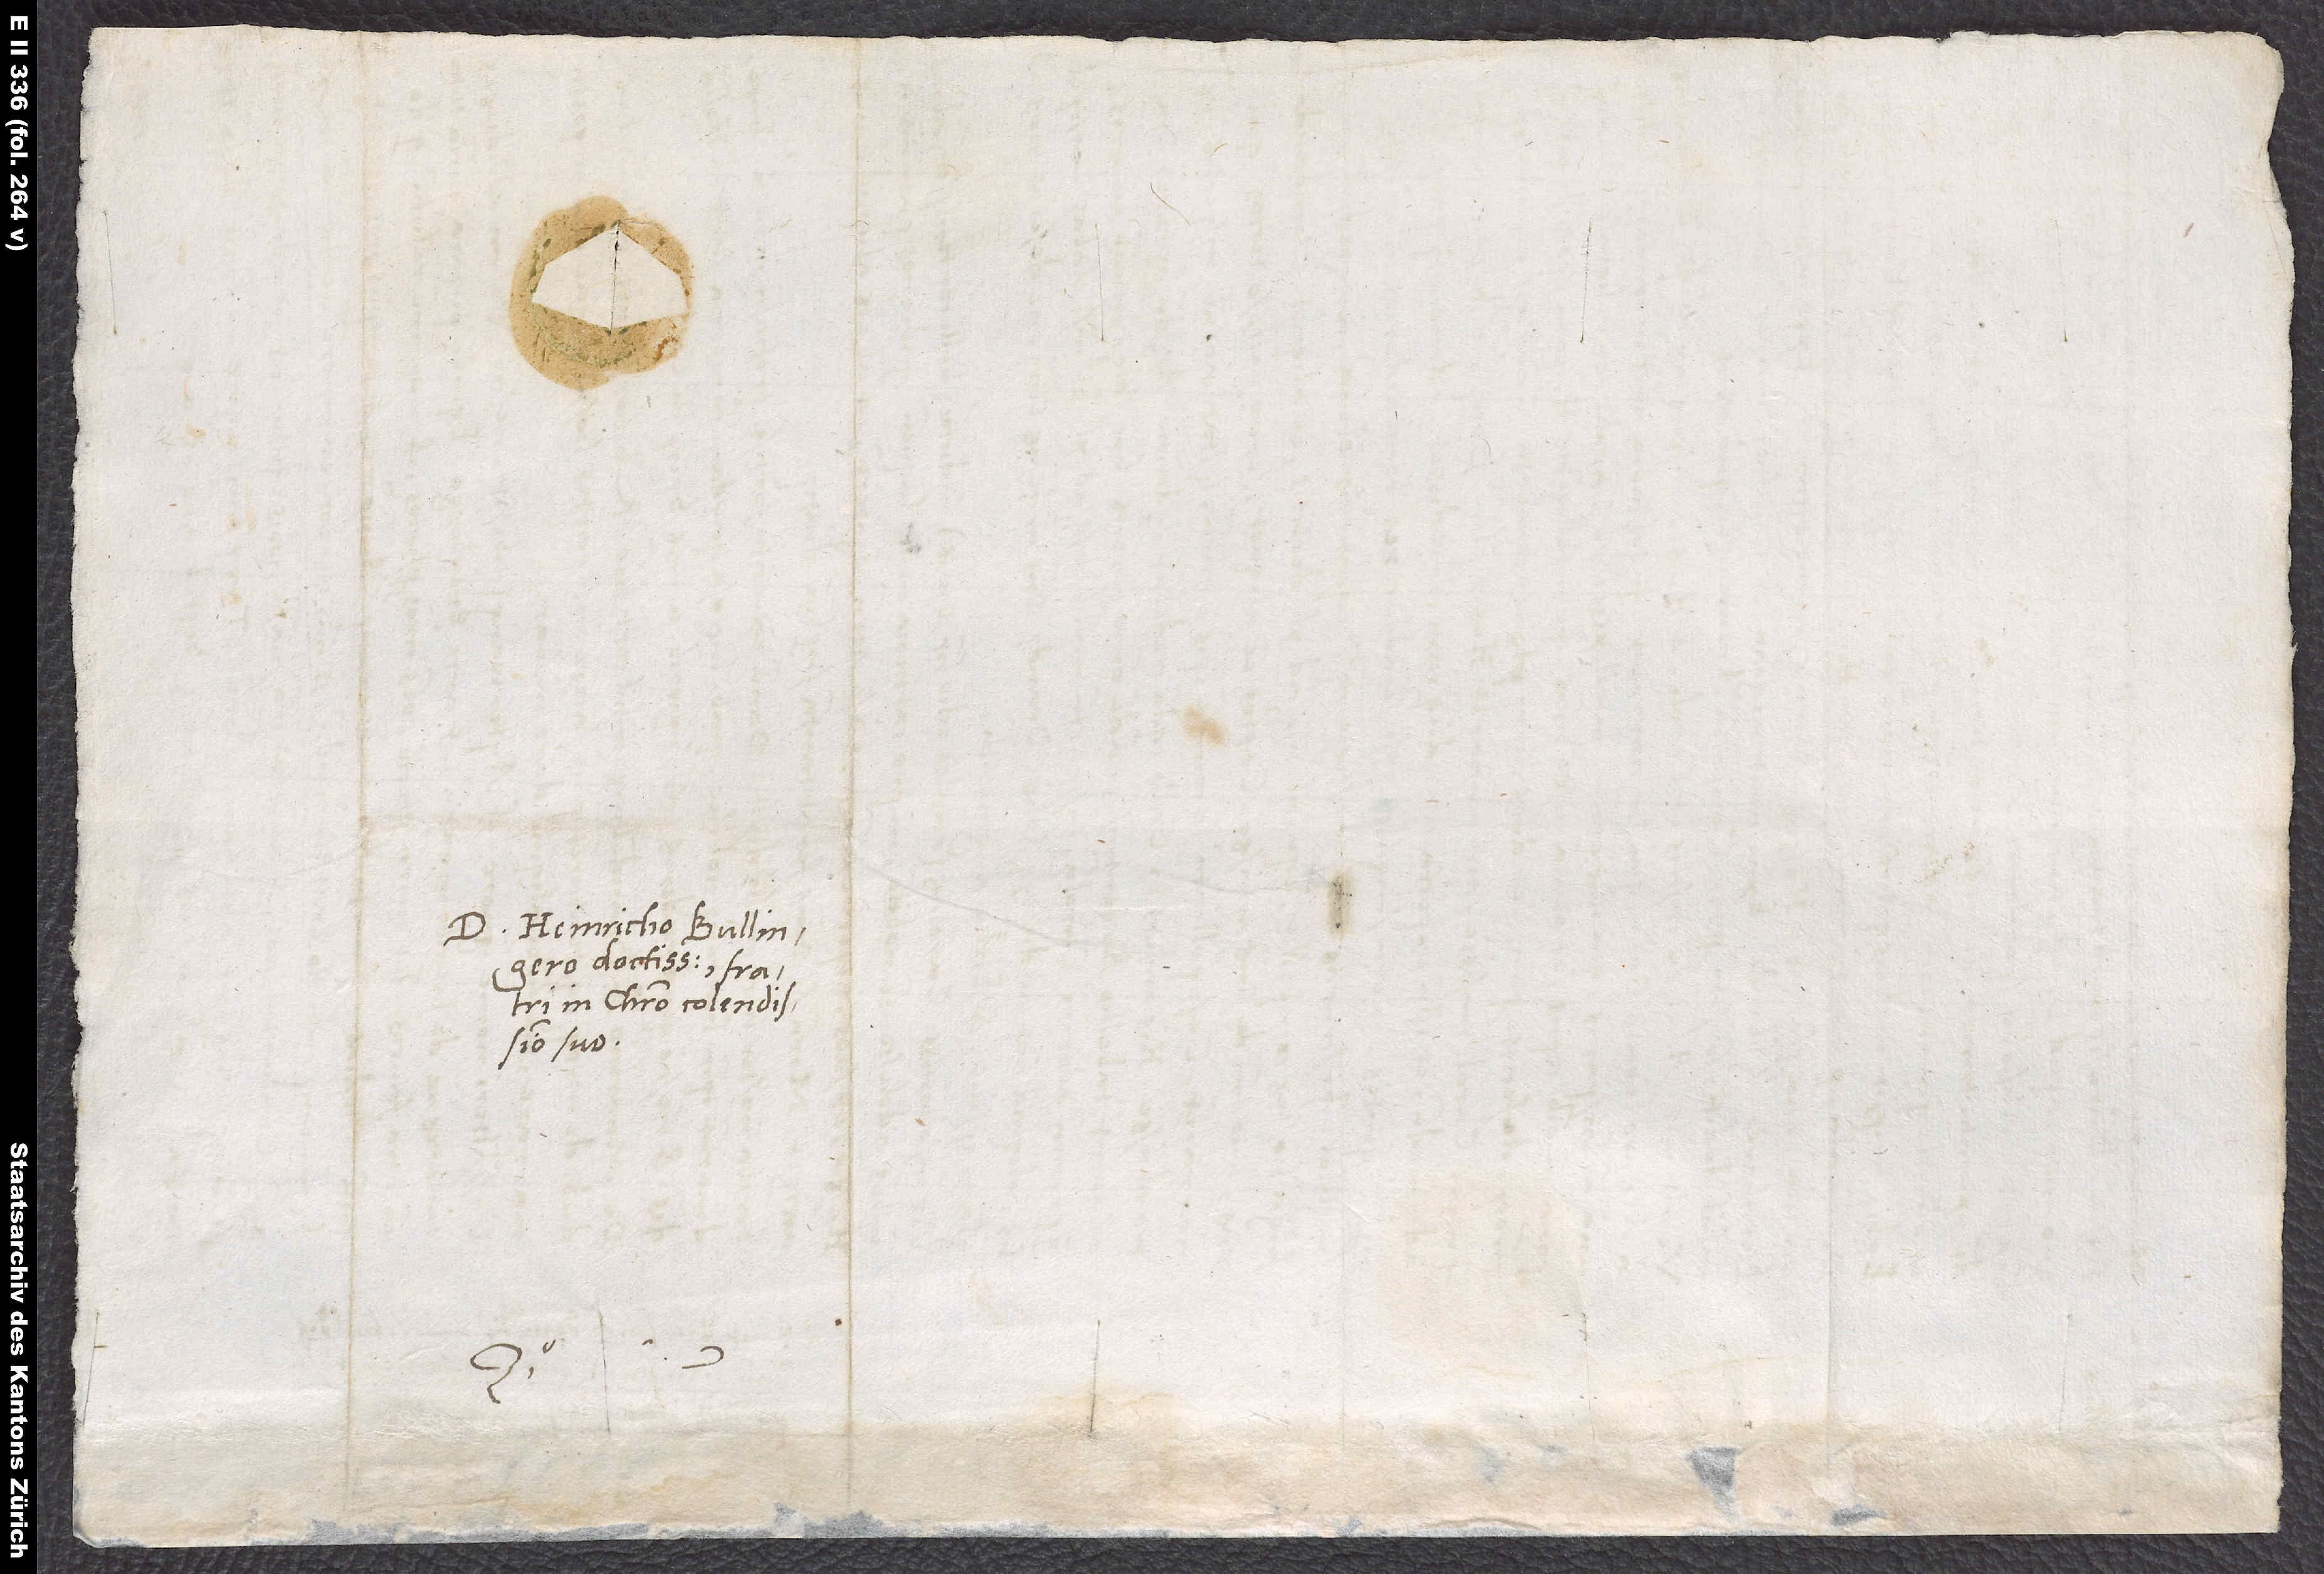
D. Heinricho Bullingero
doctissimo, fratri
in Christo colendissimo
suo.